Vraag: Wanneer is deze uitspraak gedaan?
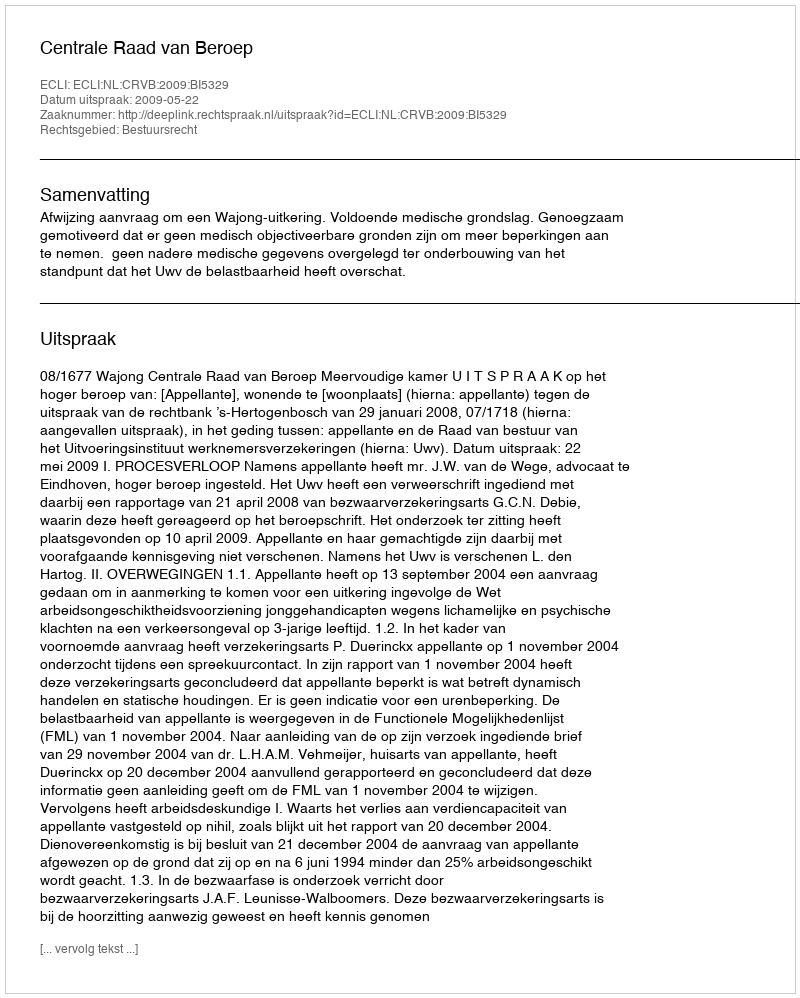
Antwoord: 2009-05-22